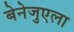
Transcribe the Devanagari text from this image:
बेनेजुएला